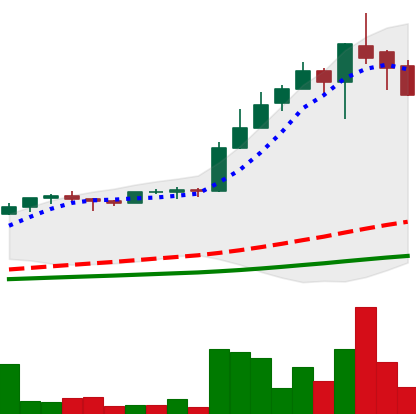
Ticker: LTC-USD
Chart end date: 2017-05-12
Forward return: -7.469%
Label: down_7plus